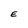
Character: E